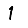
Digit: 1